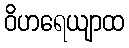
ဝိဟရေယျာထ